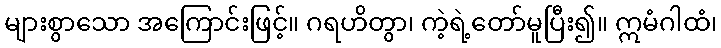
များစွာသော အကြောင်းဖြင့်။ ဂရဟိတွာ၊ ကဲ့ရဲ့တော်မူပြီး၍။ ဣမံဂါထံ၊